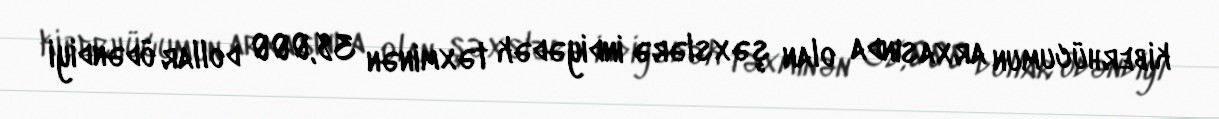
kiberhücumun arxasında olan şəxslərə indiyədək təxminən 38,000 dollar ödəndiyi